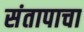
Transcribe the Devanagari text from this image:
संतापाचा